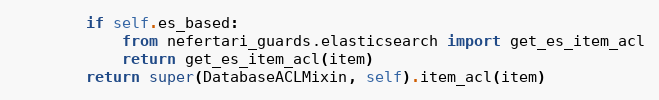
Language: Python
        if self.es_based:
            from nefertari_guards.elasticsearch import get_es_item_acl
            return get_es_item_acl(item)
        return super(DatabaseACLMixin, self).item_acl(item)